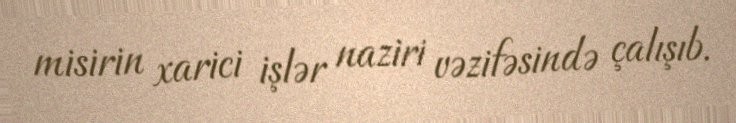
misirin xarici işlər naziri vəzifəsində çalışıb.